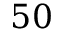
5 0